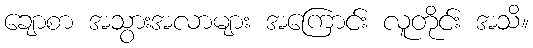
ချောစာ အသွားအလာများ အကြောင်း လူတိုင်း အသိ။